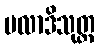
ဗလာဒိသုတ္တ